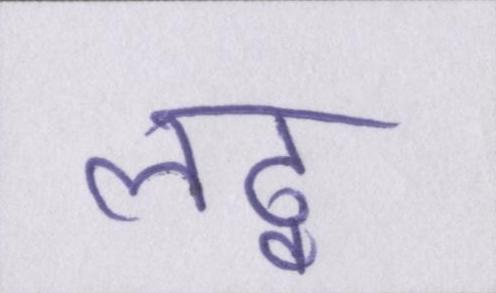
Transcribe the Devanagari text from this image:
लठ्ठ